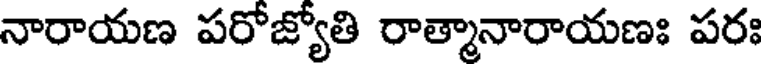
నారాయణ పరోజ్యోతి రాత్మానారాయణః పరః